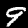
Label: 9